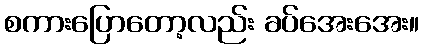
စကားပြောတော့လည်း ခပ်အေးအေး။